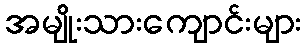
အမျိုးသားကျောင်းများ